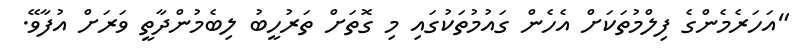
"އަހަރެމެންގެ ފިލްމުތަކަށް އެހެން ގައުމުތަކުގައި މި ގޮތަށް ތަރުހީބު ލިބެމުންދާތީ ވަރަށް އުފާވޭ.